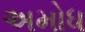
અમોધ